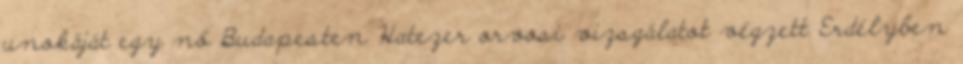
unokáját egy nő Budapesten Hatezer orvosi vizsgálatot végzett Erdélyben